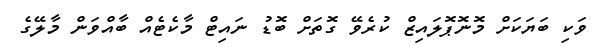
ވަކި ބަޔަކަށް މޮނޮޕޮލައިޒް ކުރެވޭ ގޮތަށް ބޮޑު ނައިޓް މާކެޓެއް ބާއްވަން މާލޭގެ